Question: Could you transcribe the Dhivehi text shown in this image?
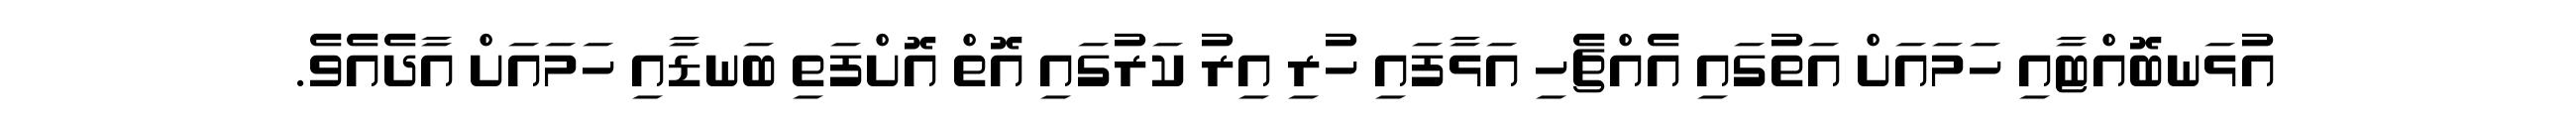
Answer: އުޅަނބޮއްޓާއި ހަމައަށް އަތުގައި އެއްޗެހި އަޅާފައި ހުރި އިރު ކަރުގައި އޮތް އޮށްފަތި ބަނޑާއި ހަމައަށް އާދެއެވެ.